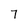
Character: 7